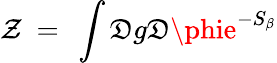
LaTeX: \mathcal{Z}~=~\int{\cal\mathfrak{D}}g{\cal\mathfrak{D}}\phie^{-S_{\beta}}